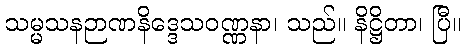
သမ္မသနဉာဏနိဒ္ဒေသဝဏ္ဏနာ၊ သည်။ နိဋ္ဌိတာ၊ ပြီ။